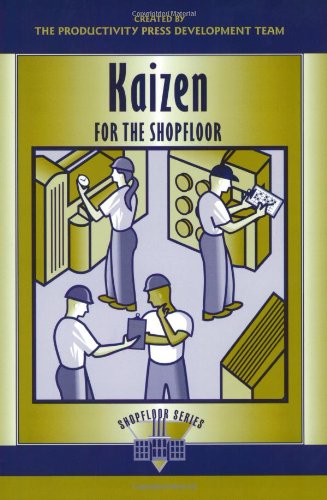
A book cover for Kaizen for the Shopfloor Learning Package: Kaizen for the Shop Floor: A Zero-Waste Environment with Process Automation (The Shopfloor Series); Productivity Press Development Team; Business & Money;